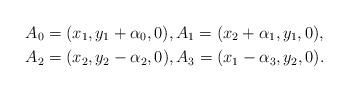
LaTeX: \begin{align*} A_0 &= (x_1,y_1+ \alpha_0,0), A_1 = (x_2+ \alpha_1,y_1,0), \\A_2 &= (x_2,y_2-\alpha_2,0), A_3 = (x_1-\alpha_3,y_2,0). \end{align*}